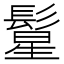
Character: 𱆂